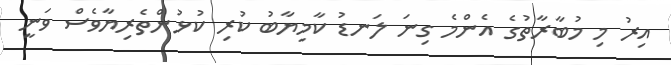
އިރު މި މުބާރާތުގެ އެންމެ ގިނަ ލަނޑު ކާމިޔާބު ކުރި ކުޅުންތެރިޔާވެސް ވަނީ